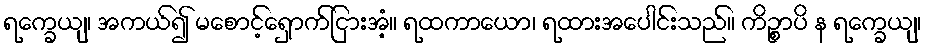
ရက္ခေယျ၊ အကယ်၍ မစောင့်ရှောက်ငြားအံ့။ ရထကာယော၊ ရထားအပေါင်းသည်။ ကိဉ္စာပိ န ရက္ခေယျ၊